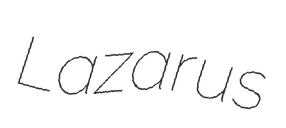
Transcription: Lazarus